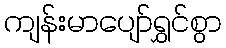
ကျန်းမာပျော်ရွှင်စွာ